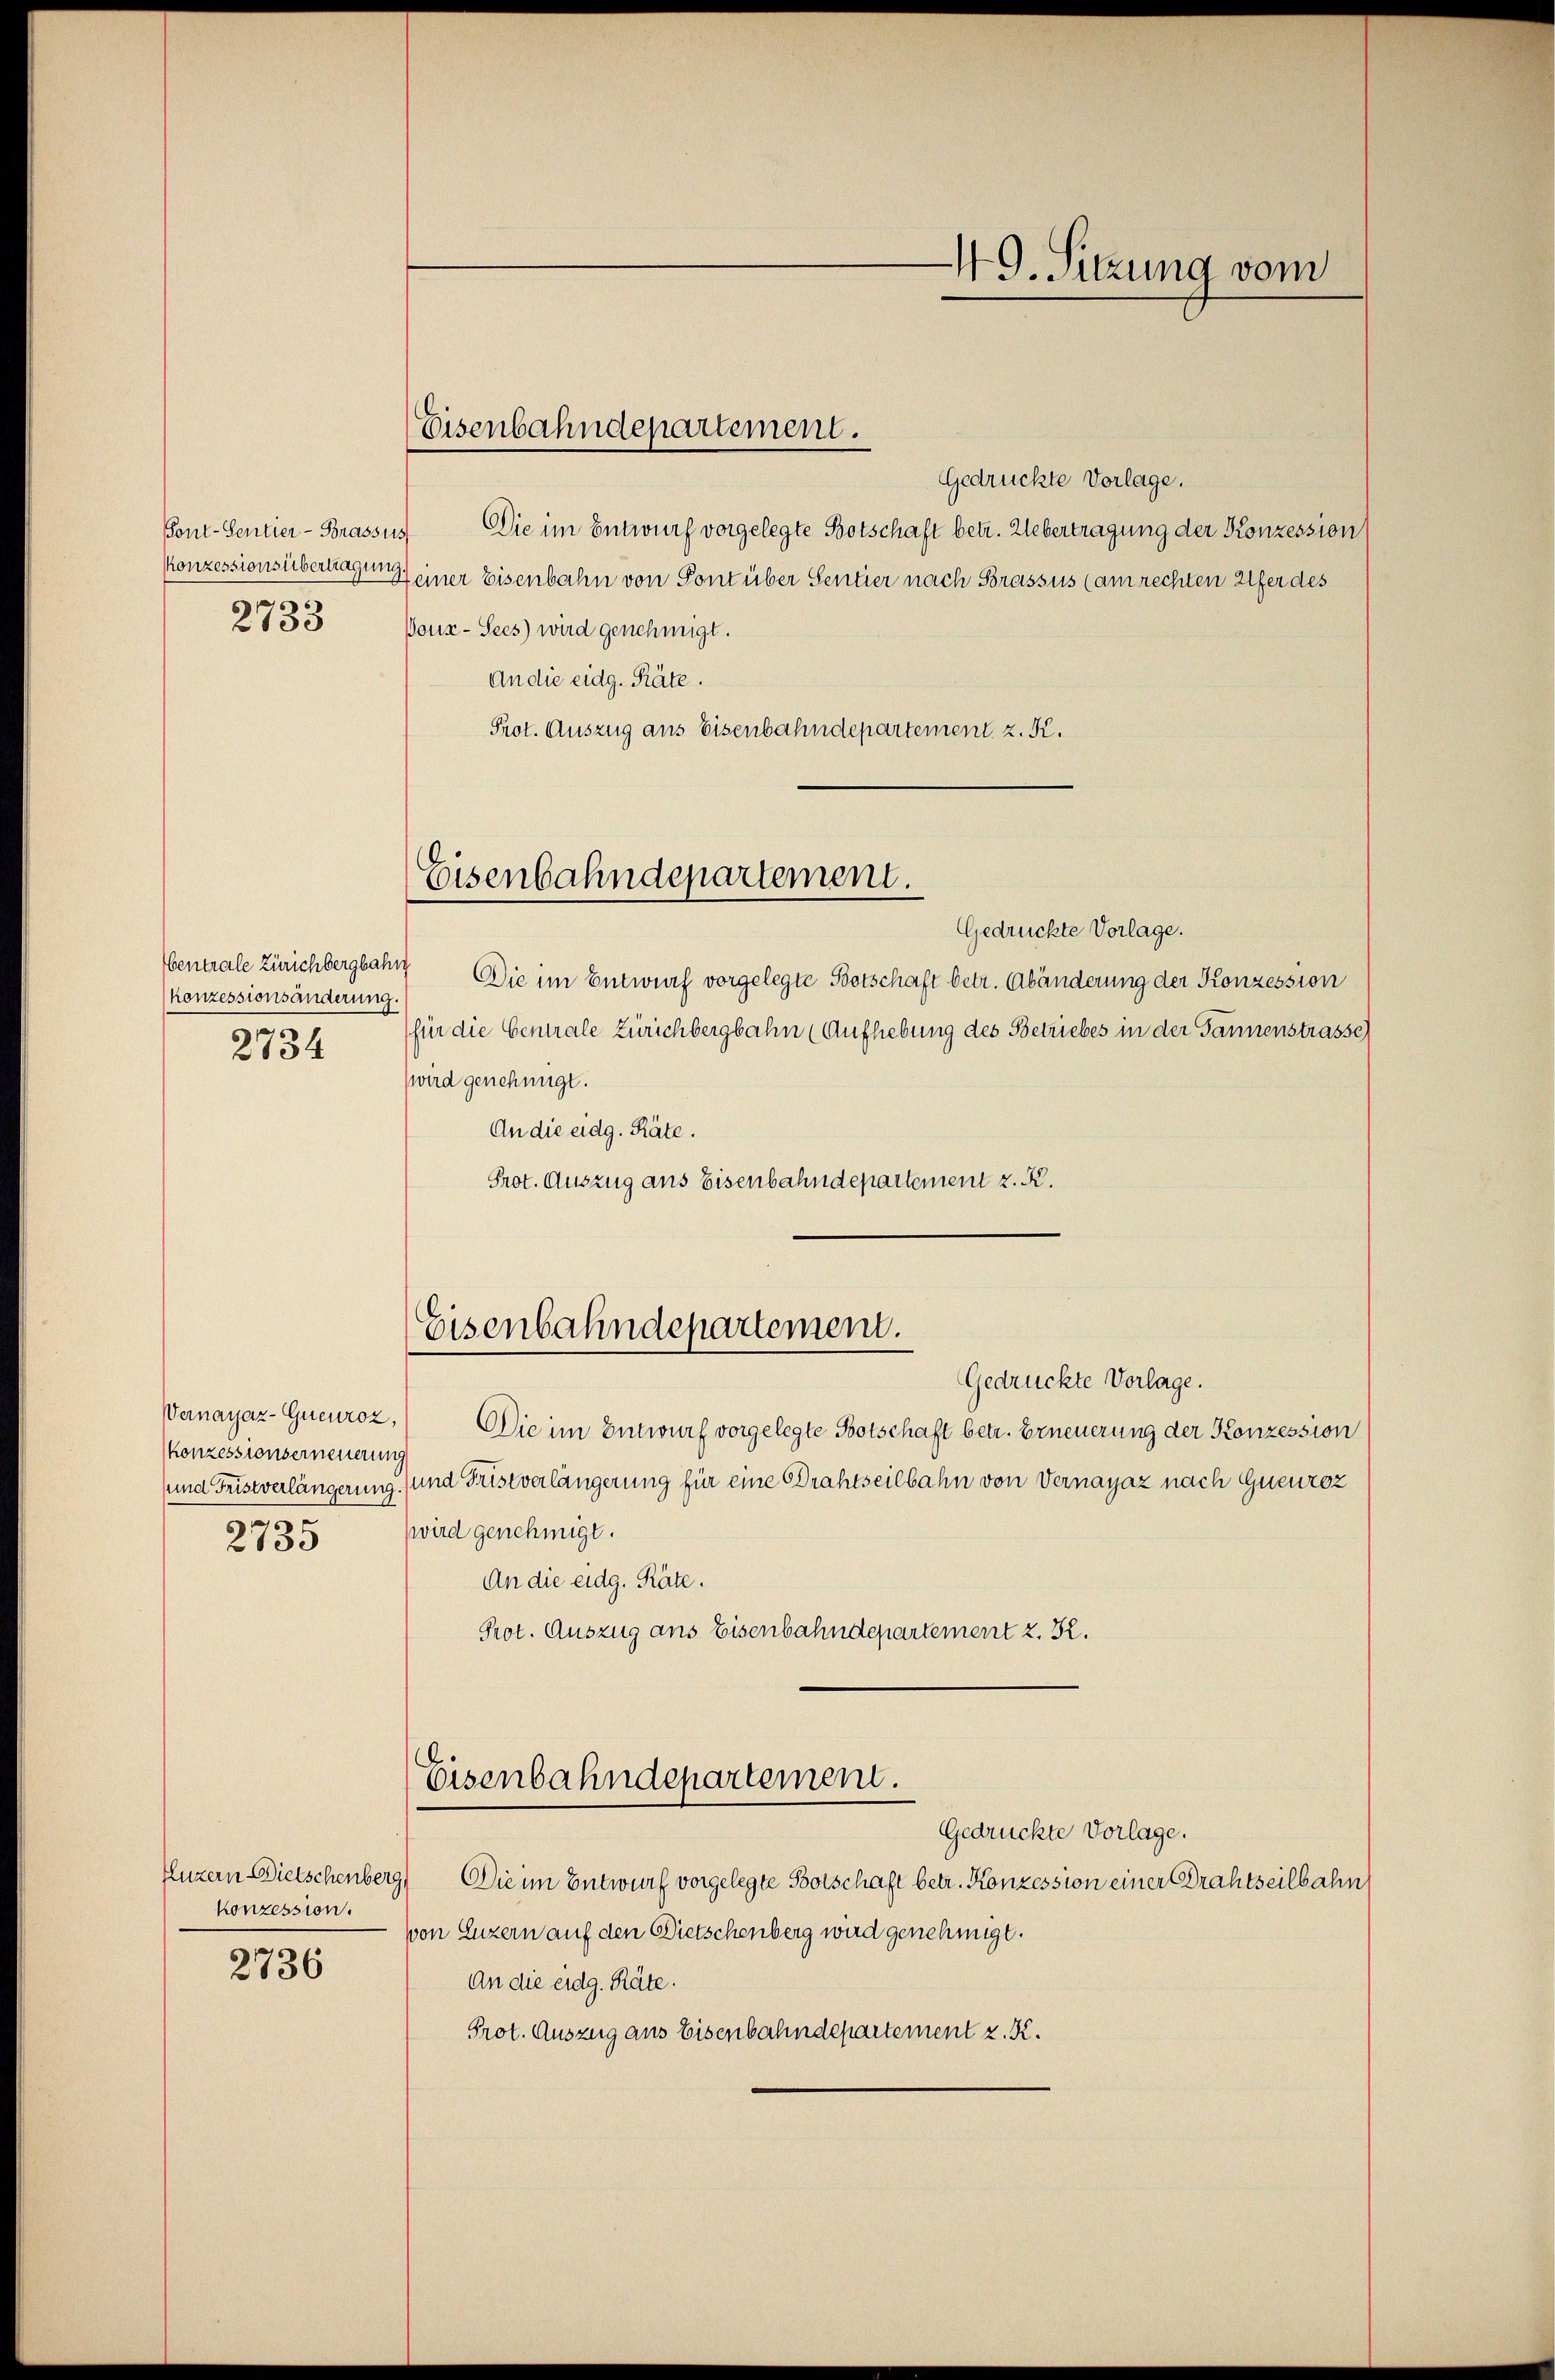
Konzessionsübertragung
n
2135

konzessionsänderung.
2734

Konzessionserneuerung
e
2733

Eisenbahndepartement.

Gedrückte Vorlage.
Pont-Sentier-Brassus Die im Entwurf vorgelegte Botschaft betr. Uebertragung der Konzession
Heiner Eisenbahn von Sont über Sentier nach Brassus (am rechten Ufer des
Boux- Sees) wird genehmigt.
An die eidg. Räte.
Prot. Auszug aus Eisenbahndepartement, z. K.
Eisenbahndepartement.
Gedrückte Vorlage.
bentrale Zürichbergbahn Die im Entwurf vorgelegte Botschaft betr. Abänderung der Konzession
(für die Generale Zürichbergbahn (Aufhebung des Betriebes in der Tannenstrasse
wird genehmigt.
An die eidg. Räte.
Prot. Auszug aus Eisenbahndepartement z. R.

Eisenbahndepartement.
Gedrückte Vorlage.

Eisenbahndepartement.
Gedrückte Vorlage.

49. Sitzung vom

Wenayar-Gueuroz, Die im Entwurf vorgelegte Botschaft betr. Erneuerung der Konzession
(und Fristverlängerung. (und Fristverlängerung für eine Drahtseilbahn von Vernayaz nach Gueuroz
wird genehmigt.
An die eidg. Räte.
Prot. Auszug ans Eisenbahndepartement z. B.
Luzern Dietschenberg
Die im Entwurf vorgelegte Botschaft betr. Konzession einer Brahtseilbahn
konzession.
von Luzern auf den Dietschenberg wird genehmigt.
2736
An die eidg. Räte.
Prot. Auszug aus Eisenbahndepartement z. K.